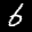
Label: 6